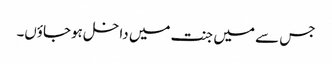
جس سے میں جنت میں داخل ہوجاؤں۔